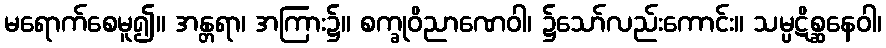
မရောက်စေမူ၍။ အန္တရာ၊ အကြား၌။ စက္ခုဝိညာဏေဝါ၊ ၌သော်လည်းကောင်း။ သမ္ပဋိစ္ဆနေဝါ၊